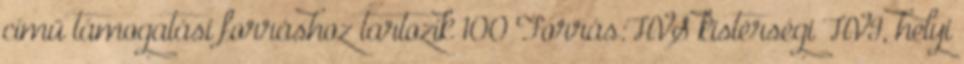
című támogatási forráshoz tartozik 100 Forrás:HVS kistérségi HVI, helyi